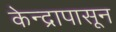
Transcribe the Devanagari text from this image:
केन्द्रापासून